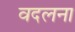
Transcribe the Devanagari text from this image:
वदलना